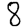
Digit: 8